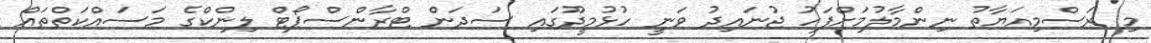
މި ރަސްމިއަޔާތު ނިންމާލުމަށްފަހު ޖުނައިދު ވަނީ ހުޅުމީދޫގައި ސަދަން ޓްރާންސްޕޯޓް ލިންކްގެ މަސައްކަތްތައް